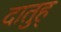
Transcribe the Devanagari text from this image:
दातुह्